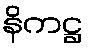
နိကဋ္ဌ